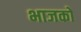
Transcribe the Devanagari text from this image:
भाजकों